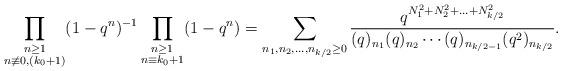
LaTeX: \begin{align*}\prod_{\substack{n\geq 1\\n\not\equiv 0, (k_0 +1)}}(1-q^n)^{-1} \prod_{\substack{n\geq 1\\n\equiv k_0 +1}}(1-q^n) = \sum_{n_1,n_2,\ldots,n_{k/2}\geq 0} \frac{q^{N_{1}^{2}+N_{2}^{2}+...+ N^{2}_{k/2} }}{(q)_{n_1} (q)_{n_2}\cdots (q)_{n_{k/2-1}} (q^2)_{n_{k/2}}}.\end{align*}